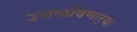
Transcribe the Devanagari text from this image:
उजळविणार्‍या